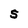
Character: S